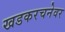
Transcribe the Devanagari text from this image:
खडकरचनेवर